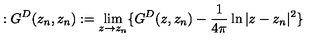
: G ^ { D } ( z _ { n } , z _ { n } ) : = \lim _ { z \to z _ { n } } \{ G ^ { D } ( z , z _ { n } ) - \frac { 1 } { 4 \pi } \ln | z - z _ { n } | ^ { 2 } \}